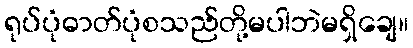
ရုပ်ပုံဓာတ်ပုံစသည်တို့မပါဘဲမရှိချေ။